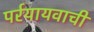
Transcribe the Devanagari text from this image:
पर्रयायवाची